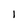
Character: 1